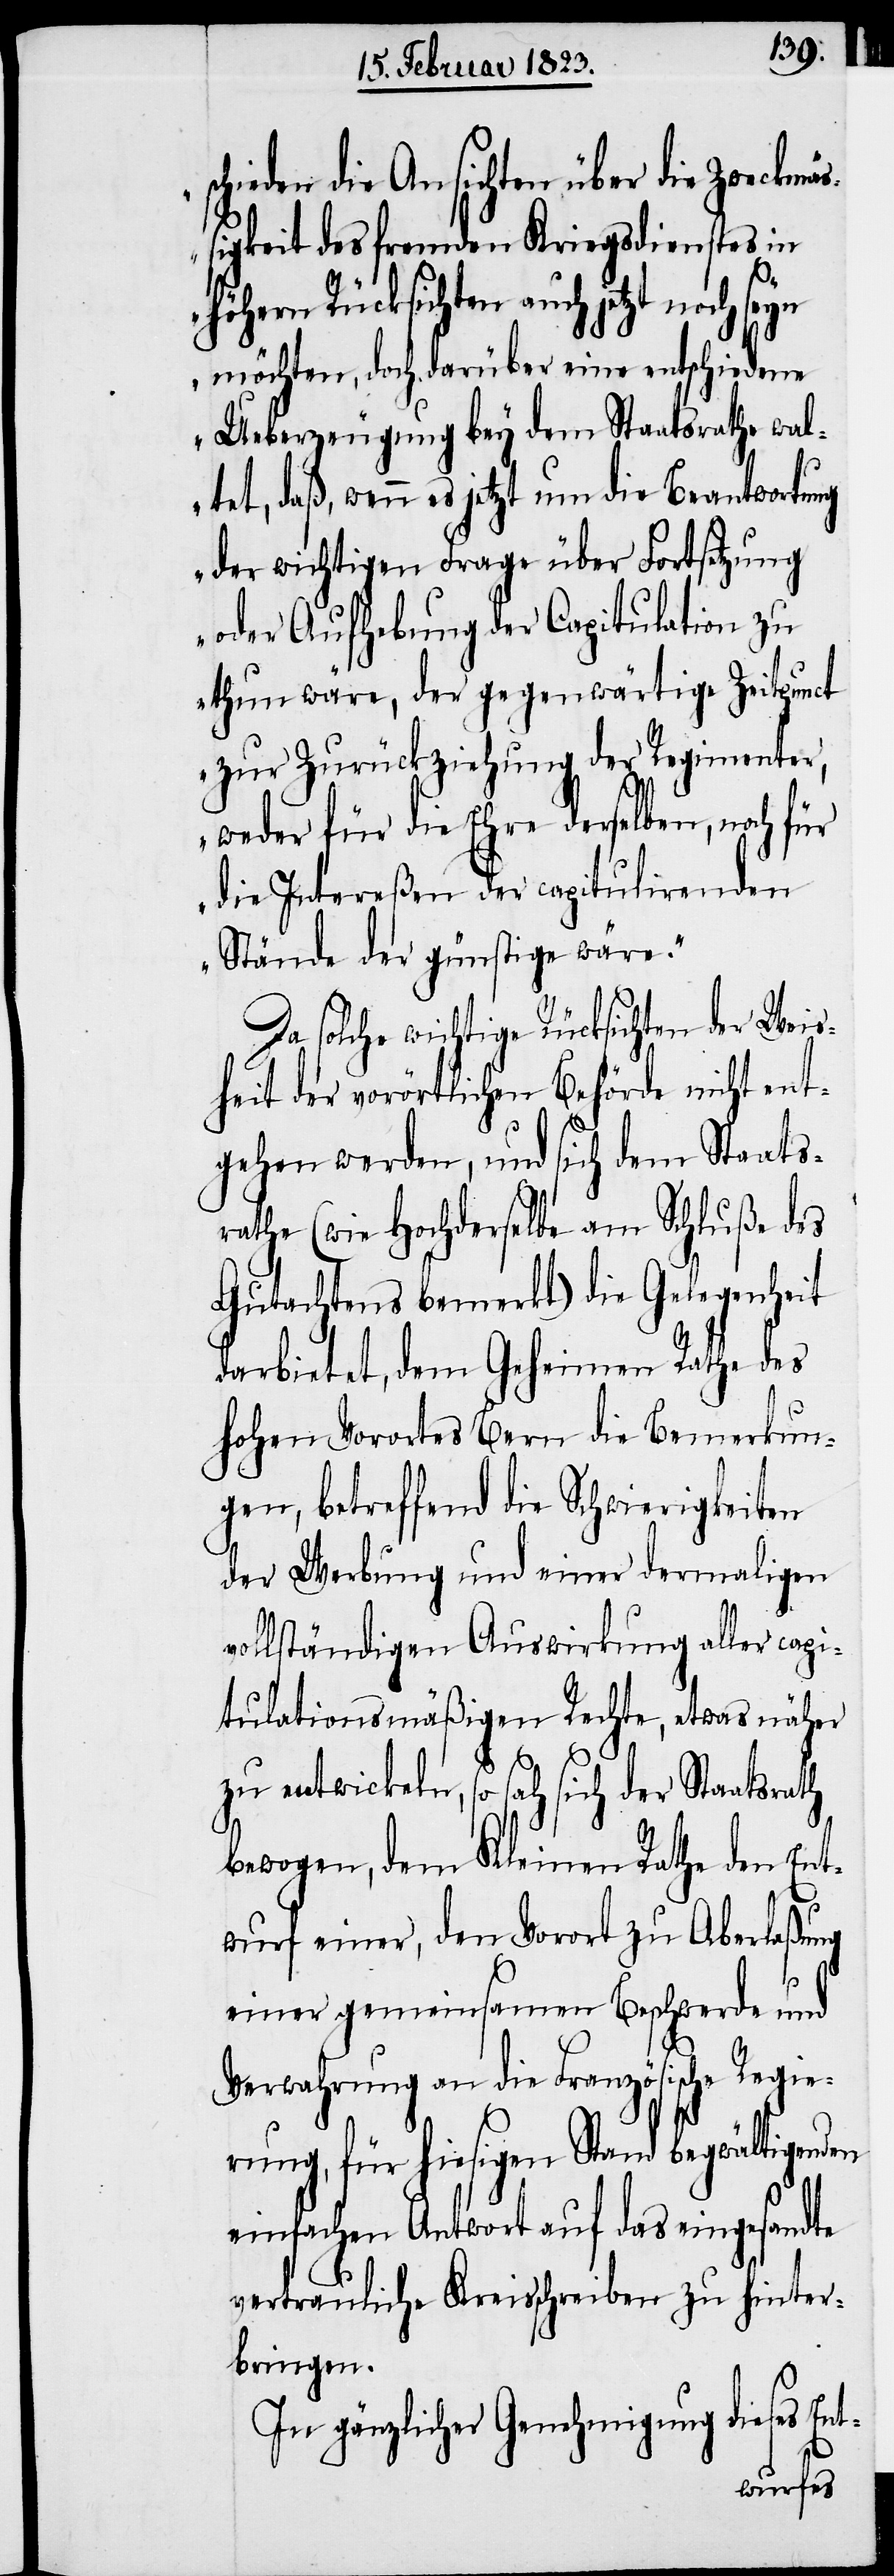
schieden die Ansichten über die Zweckmäß¬
igkeit des fremden Kriegsdienstes in
höhern Rücksichten auch jetzt noch seyn
möchten, doch darüber eine entschiedene
Ueberzeugung bey dem Staatsrathe wal¬
tet, daß, wenn es jetzt um die Beantwortung
der wichtigen Frage über Fortsetzung
oder Aufhebung der Capitulation zu
thun wäre, der gegenwärtige Zeitpunct
zur Zurückziehung der Regimenter,
weder für die Ehre derselben, noch
die Intereßen der capitulirenden
Stände der günstige wäre.“
Da solche wichtige Rücksichten der Weis¬
heit der vorörtlichen Behörde nicht ent¬
gehen werden, und sich dem Staats¬
rathe (wie Hochderselbe am Schluße des
Gutachtens bemerkt) die Gelegenheit
darbietet, dem Geheimen Rathe des
hohen Vorortes Bern die Bemerkun¬
gen, betreffend die Schwierigkeiten
der Werbung und einer dermaligen
vollständigen Auswirkung aller capi¬
tulationsmäßigen Rechte, etwas näher
zu entwickeln, so sah sich der Staatsrath
bewogen, dem Kleinen Rathe den Ent¬
wurf einer, den Vorort zu Aberlaßung
einer gemeinsamen Beschwerde und
Verwahrung an die Französische Regie¬
rung, für hiesigen Stand begwältigenden
einfachen Antwort auf das eingesandte
vertrauliche Kreisschreiben zu hinter¬
bringen.
In gänzlicher Genehmigung dieses Ent-